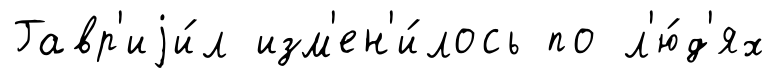
Гавр'иjи́л изм'ен'и́лось по л'ю́д'ях